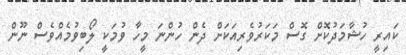
ކައިރީ ހުޝާމަދުކޮށް ގޮސް މަކަރުވެރިއަކަށް ދެން ހުންނަ މީހާ ވުމަކީ ލޯބިވުމެއްވެސް ނޫން